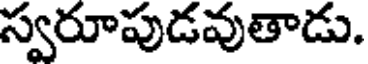
స్వరూపుడవుతాడు.